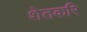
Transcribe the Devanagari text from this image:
शेतकरि